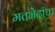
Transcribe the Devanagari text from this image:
मतभेदांचा